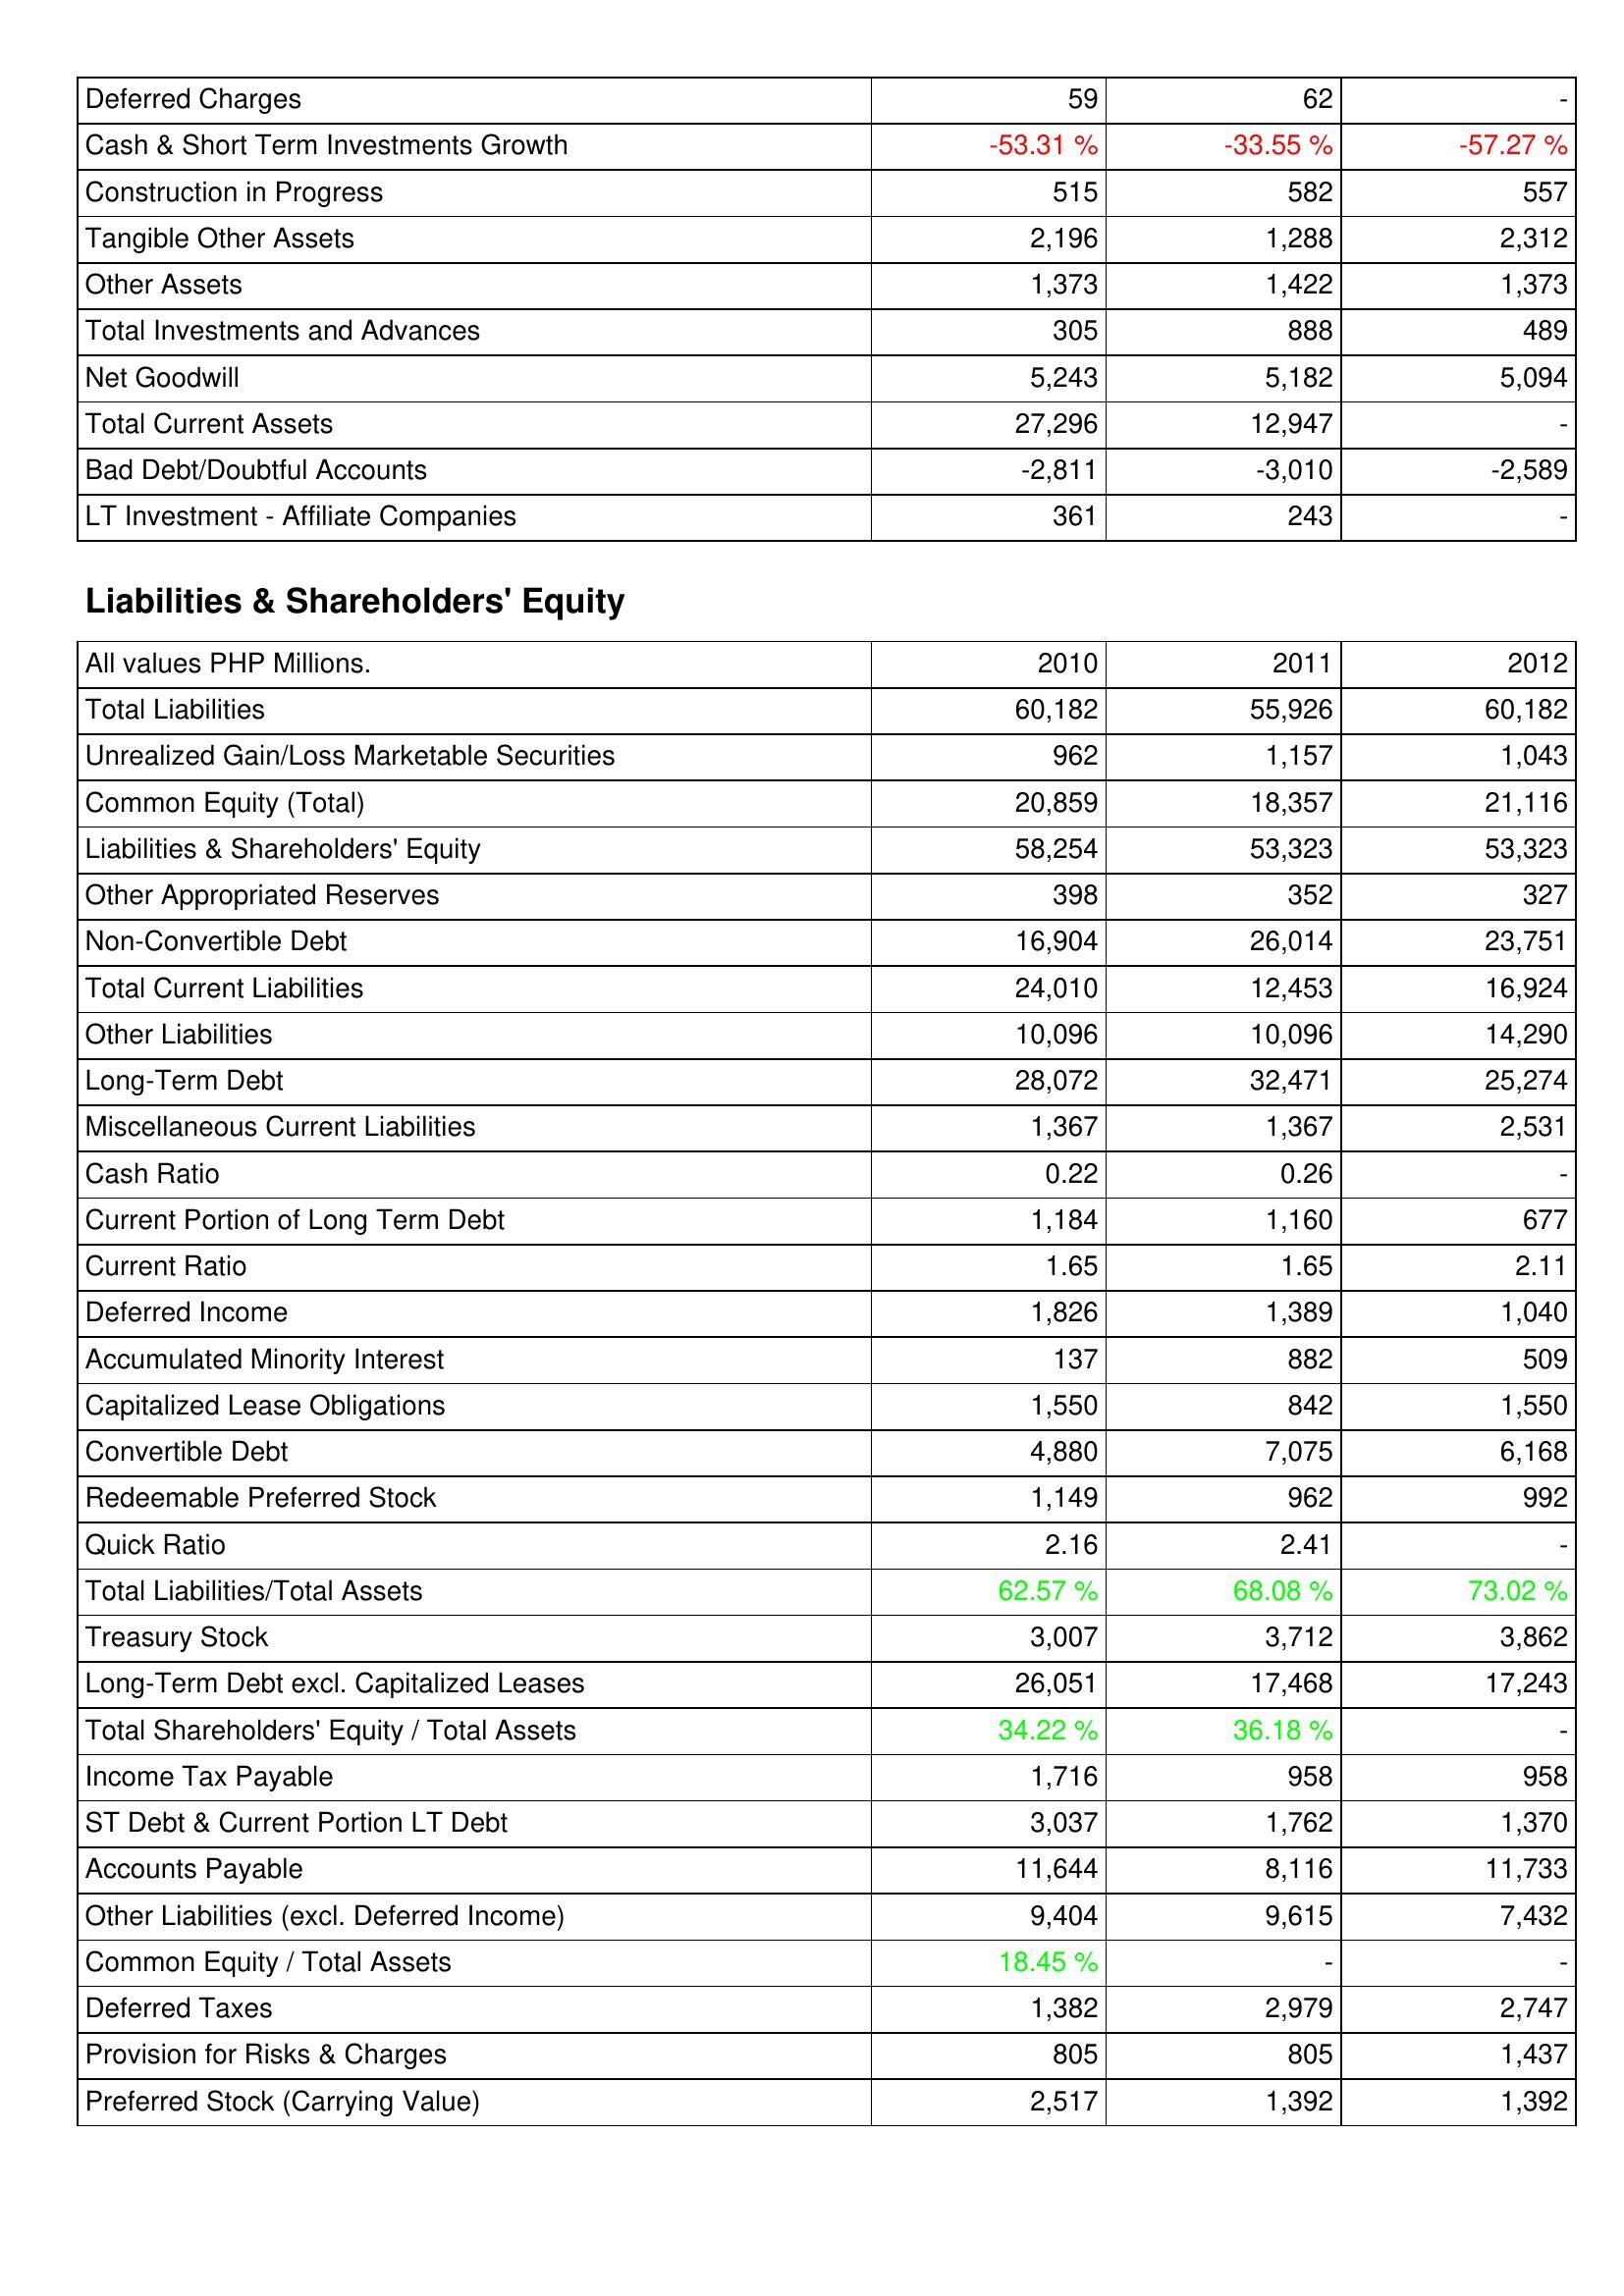
2010: Assets: Deferred Charges: 59
Cash & Short Term Investments Growth: -53.31 %
Construction in Progress: 515
Tangible Other Assets: 2,196
Other Assets: 1,373
Total Investments and Advances: 305
Net Goodwill: 5,243
Total Current Assets: 27,296
Bad Debt/Doubtful Accounts: -2,811
LT Investment - Affiliate Companies: 361
Liabilities & Shareholders' Equity: Total Liabilities: 60,182
Unrealized Gain/Loss Marketable Securities: 962
Common Equity (Total): 20,859
Liabilities & Shareholders' Equity: 58,254
Other Appropriated Reserves: 398
Non-Convertible Debt: 16,904
Total Current Liabilities: 24,010
Other Liabilities: 10,096
Long-Term Debt: 28,072
Miscellaneous Current Liabilities: 1,367
Cash Ratio: 0.22
Current Portion of Long Term Debt: 1,184
Current Ratio: 1.65
Deferred Income: 1,826
Accumulated Minority Interest: 137
Capitalized Lease Obligations: 1,550
Convertible Debt: 4,880
Redeemable Preferred Stock: 1,149
Quick Ratio: 2.16
Total Liabilities/Total Assets: 62.57 %
Treasury Stock: 3,007
Long-Term Debt excl. Capitalized Leases: 26,051
Total Shareholders' Equity / Total Assets: 34.22 %
Income Tax Payable: 1,716
ST Debt & Current Portion LT Debt: 3,037
Accounts Payable: 11,644
Other Liabilities (excl. Deferred Income): 9,404
Common Equity / Total Assets: 18.45 %
Deferred Taxes: 1,382
Provision for Risks & Charges: 805
Preferred Stock (Carrying Value): 2,517
2011: Assets: Deferred Charges: 62
Cash & Short Term Investments Growth: -33.55 %
Construction in Progress: 582
Tangible Other Assets: 1,288
Other Assets: 1,422
Total Investments and Advances: 888
Net Goodwill: 5,182
Total Current Assets: 12,947
Bad Debt/Doubtful Accounts: -3,010
LT Investment - Affiliate Companies: 243
Liabilities & Shareholders' Equity: Total Liabilities: 55,926
Unrealized Gain/Loss Marketable Securities: 1,157
Common Equity (Total): 18,357
Liabilities & Shareholders' Equity: 53,323
Other Appropriated Reserves: 352
Non-Convertible Debt: 26,014
Total Current Liabilities: 12,453
Other Liabilities: 10,096
Long-Term Debt: 32,471
Miscellaneous Current Liabilities: 1,367
Cash Ratio: 0.26
Current Portion of Long Term Debt: 1,160
Current Ratio: 1.65
Deferred Income: 1,389
Accumulated Minority Interest: 882
Capitalized Lease Obligations: 842
Convertible Debt: 7,075
Redeemable Preferred Stock: 962
Quick Ratio: 2.41
Total Liabilities/Total Assets: 68.08 %
Treasury Stock: 3,712
Long-Term Debt excl. Capitalized Leases: 17,468
Total Shareholders' Equity / Total Assets: 36.18 %
Income Tax Payable: 958
ST Debt & Current Portion LT Debt: 1,762
Accounts Payable: 8,116
Other Liabilities (excl. Deferred Income): 9,615
Common Equity / Total Assets: -
Deferred Taxes: 2,979
Provision for Risks & Charges: 805
Preferred Stock (Carrying Value): 1,392
2012: Assets: Deferred Charges: -
Cash & Short Term Investments Growth: -57.27 %
Construction in Progress: 557
Tangible Other Assets: 2,312
Other Assets: 1,373
Total Investments and Advances: 489
Net Goodwill: 5,094
Total Current Assets: -
Bad Debt/Doubtful Accounts: -2,589
LT Investment - Affiliate Companies: -
Liabilities & Shareholders' Equity: Total Liabilities: 60,182
Unrealized Gain/Loss Marketable Securities: 1,043
Common Equity (Total): 21,116
Liabilities & Shareholders' Equity: 53,323
Other Appropriated Reserves: 327
Non-Convertible Debt: 23,751
Total Current Liabilities: 16,924
Other Liabilities: 14,290
Long-Term Debt: 25,274
Miscellaneous Current Liabilities: 2,531
Cash Ratio: -
Current Portion of Long Term Debt: 677
Current Ratio: 2.11
Deferred Income: 1,040
Accumulated Minority Interest: 509
Capitalized Lease Obligations: 1,550
Convertible Debt: 6,168
Redeemable Preferred Stock: 992
Quick Ratio: -
Total Liabilities/Total Assets: 73.02 %
Treasury Stock: 3,862
Long-Term Debt excl. Capitalized Leases: 17,243
Total Shareholders' Equity / Total Assets: -
Income Tax Payable: 958
ST Debt & Current Portion LT Debt: 1,370
Accounts Payable: 11,733
Other Liabilities (excl. Deferred Income): 7,432
Common Equity / Total Assets: -
Deferred Taxes: 2,747
Provision for Risks & Charges: 1,437
Preferred Stock (Carrying Value): 1,392